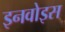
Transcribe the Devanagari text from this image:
इनवोइस